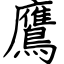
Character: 鷹